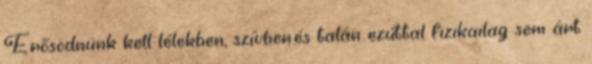
Erősödnünk kell lélekben, szívben.és talán ezúttal fizikailag sem árt